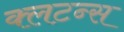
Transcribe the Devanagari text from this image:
क्लटन्स